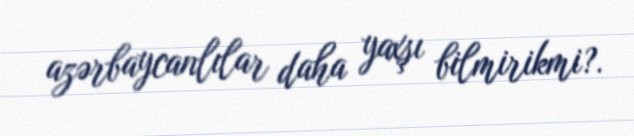
azərbaycanlılar daha yaxşı bilmirikmi?.